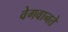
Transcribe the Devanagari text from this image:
वेगवानते